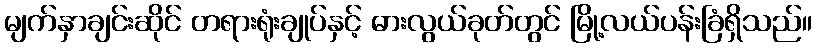
မျက်နှာချင်းဆိုင် တရားရုံးချုပ်နှင့် ဓားလွယ်ခုတ်တွင် မြို့လယ်ပန်းခြံရှိသည်။